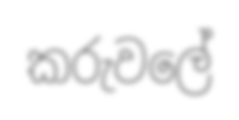
කරුවලේ